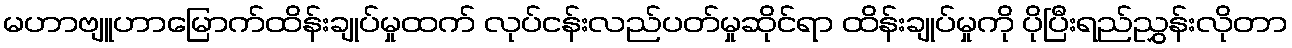
မဟာဗျူဟာမြောက်ထိန်းချုပ်မှုထက် လုပ်ငန်းလည်ပတ်မှုဆိုင်ရာ ထိန်းချုပ်မှုကို ပိုပြီးရည်ညွှန်းလိုတာ